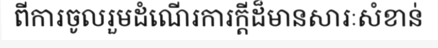
ពីការចូលរួមដំណើរការក្តីដ៏មានសារៈសំខាន់